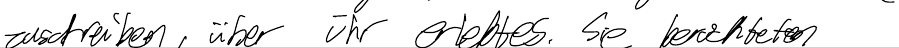
zuschreiben, über ihr erlebtes. Sie berichteten